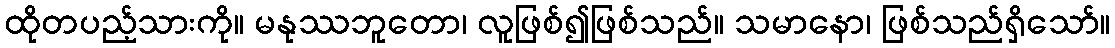
ထိုတပည့်သားကို။ မနုဿဘူတော၊ လူဖြစ်၍ဖြစ်သည်။ သမာနော၊ ဖြစ်သည်ရှိသော်။